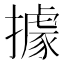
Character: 據